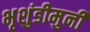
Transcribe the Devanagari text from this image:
भृशुंडीमुनी